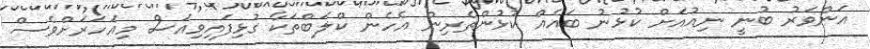
އަންވަރު ބުނީ ނިއުއަށް ކުޅުނު ބައެއް ކުޅުންތެރިން އެހެން ކްލަބްތަކާ ގުޅިފައިވިއަސް މިއަހަރަށްވެސް